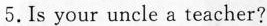
5.Is your uncle a teacher?